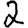
Digit: 2